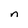
Character: n